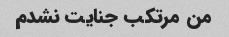
من مرتکب جنایت نشدم